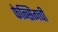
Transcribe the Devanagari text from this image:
फेन्सिंगची